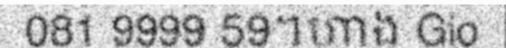
081 9999 59។ហាង Gio